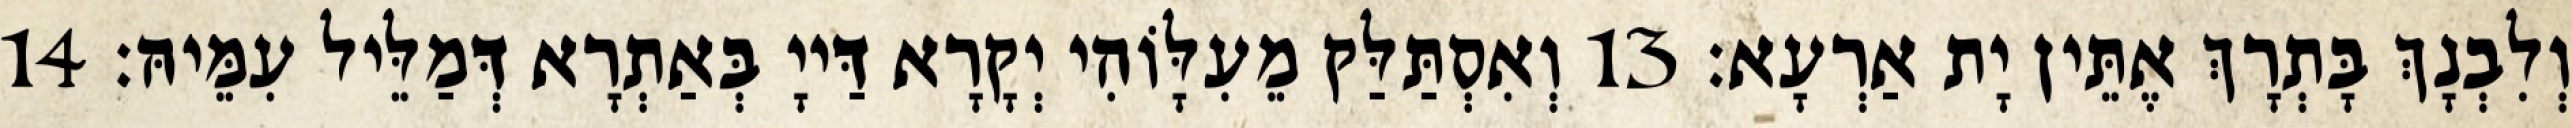
וְלִבְנָךְ בָּתְרָךְ אֶתֵּין יָת אַרְעָא׃ 13 וְאִסְתַּלַּק מֵעִלָּוֹהִי יְקָרָא דַּייָ בְּאַתְרָא דְּמַלֵּיל עִמֵּיהּ׃ 14